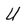
Character: U